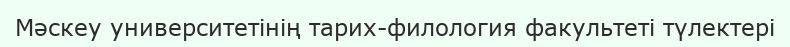
Мәскеу университетінің тарих-филология факультеті түлектері